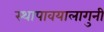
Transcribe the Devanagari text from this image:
स्थापावयालागुनी